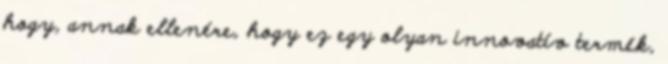
hogy, annak ellenére, hogy ez egy olyan innovatív termék,